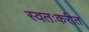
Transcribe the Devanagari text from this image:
स्वतःकरीत